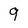
Character: q